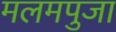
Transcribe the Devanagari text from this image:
मलमपुजा